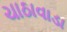
ચાઠાવાડા